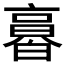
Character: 𠆌